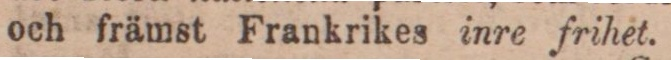
och främst Frankrikes inre frihet.